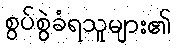
စွပ်စွဲခံရသူများ၏